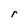
Character: r